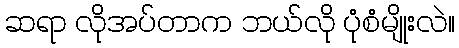
ဆရာ လိုအပ်တာက ဘယ်လို ပုံစံမျိုးလဲ။